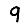
Digit: 9